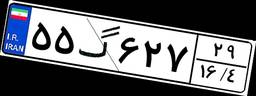
۴۰گ۳۰۲۹۷